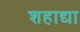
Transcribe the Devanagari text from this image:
शहाद्या